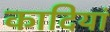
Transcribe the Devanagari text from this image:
कादियां